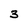
Character: 3